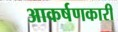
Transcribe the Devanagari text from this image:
आकर्षणकारी